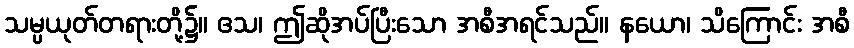
သမ္ပယုတ်တရားတို့၌။ ဧသ၊ ဤဆိုအပ်ပြီးသော အစီအရင်သည်။ နယော၊ သိကြောင်း အစီ